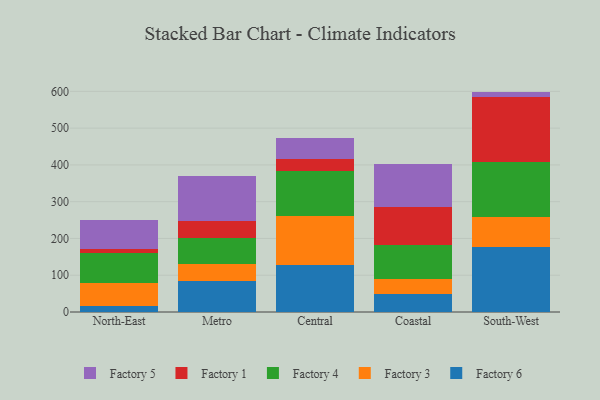
{"axis": {"x": "Region", "y": "Temperature (°C)"}, "legend": ["Factory 1", "Factory 3", "Factory 4", "Factory 5", "Factory 6"], "data": [{"x": "North-East", "y": 16.6, "type": "Factory 6"}, {"x": "North-East", "y": 63.2, "type": "Factory 3"}, {"x": "North-East", "y": 79.6, "type": "Factory 4"}, {"x": "North-East", "y": 11.7, "type": "Factory 1"}, {"x": "North-East", "y": 79.8, "type": "Factory 5"}, {"x": "Metro", "y": 84.2, "type": "Factory 6"}, {"x": "Metro", "y": 46.6, "type": "Factory 3"}, {"x": "Metro", "y": 70.1, "type": "Factory 4"}, {"x": "Metro", "y": 46.9, "type": "Factory 1"}, {"x": "Metro", "y": 122.1, "type": "Factory 5"}, {"x": "Central", "y": 126.6, "type": "Factory 6"}, {"x": "Central", "y": 134.3, "type": "Factory 3"}, {"x": "Central", "y": 121.6, "type": "Factory 4"}, {"x": "Central", "y": 33.7, "type": "Factory 1"}, {"x": "Central", "y": 58.2, "type": "Factory 5"}, {"x": "Coastal", "y": 49.6, "type": "Factory 6"}, {"x": "Coastal", "y": 41.2, "type": "Factory 3"}, {"x": "Coastal", "y": 91.9, "type": "Factory 4"}, {"x": "Coastal", "y": 102.6, "type": "Factory 1"}, {"x": "Coastal", "y": 117.7, "type": "Factory 5"}, {"x": "South-West", "y": 176.8, "type": "Factory 6"}, {"x": "South-West", "y": 81.0, "type": "Factory 3"}, {"x": "South-West", "y": 149.2, "type": "Factory 4"}, {"x": "South-West", "y": 176.7, "type": "Factory 1"}, {"x": "South-West", "y": 15.7, "type": "Factory 5"}]}